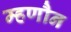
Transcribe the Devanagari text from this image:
म्हणौन